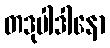
တဒုပါဒါနော